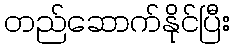
တည်ဆောက်နိုင်ပြီး